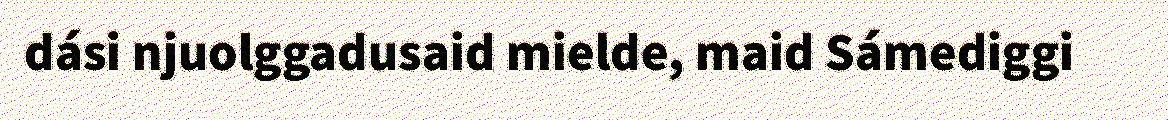
dási njuolggadusaid mielde, maid Sámediggi